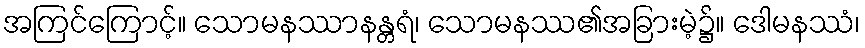
အကြင်ကြောင့်။ သောမနဿာနန္တရံ၊ သောမနဿ၏အခြားမဲ့၌။ ဒေါမနဿံ၊